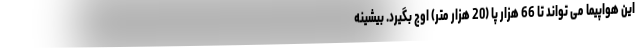
این هواپیما می تواند تا 66 هزار پا (20 هزار متر) اوج بگیرد. بیشینه